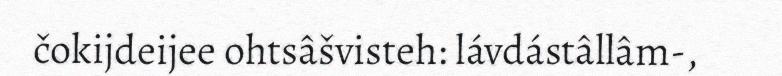
čokijdeijee ohtsâšvisteh: lávdástâllâm-,